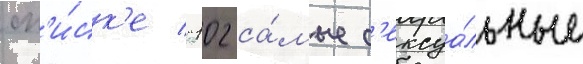
сп'и́ск'е "102 са́мые с'ексуа́льные